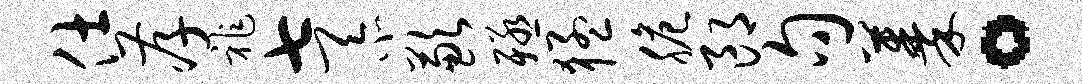
仕孝祚七忝歉殛猛脆郎句蓁。